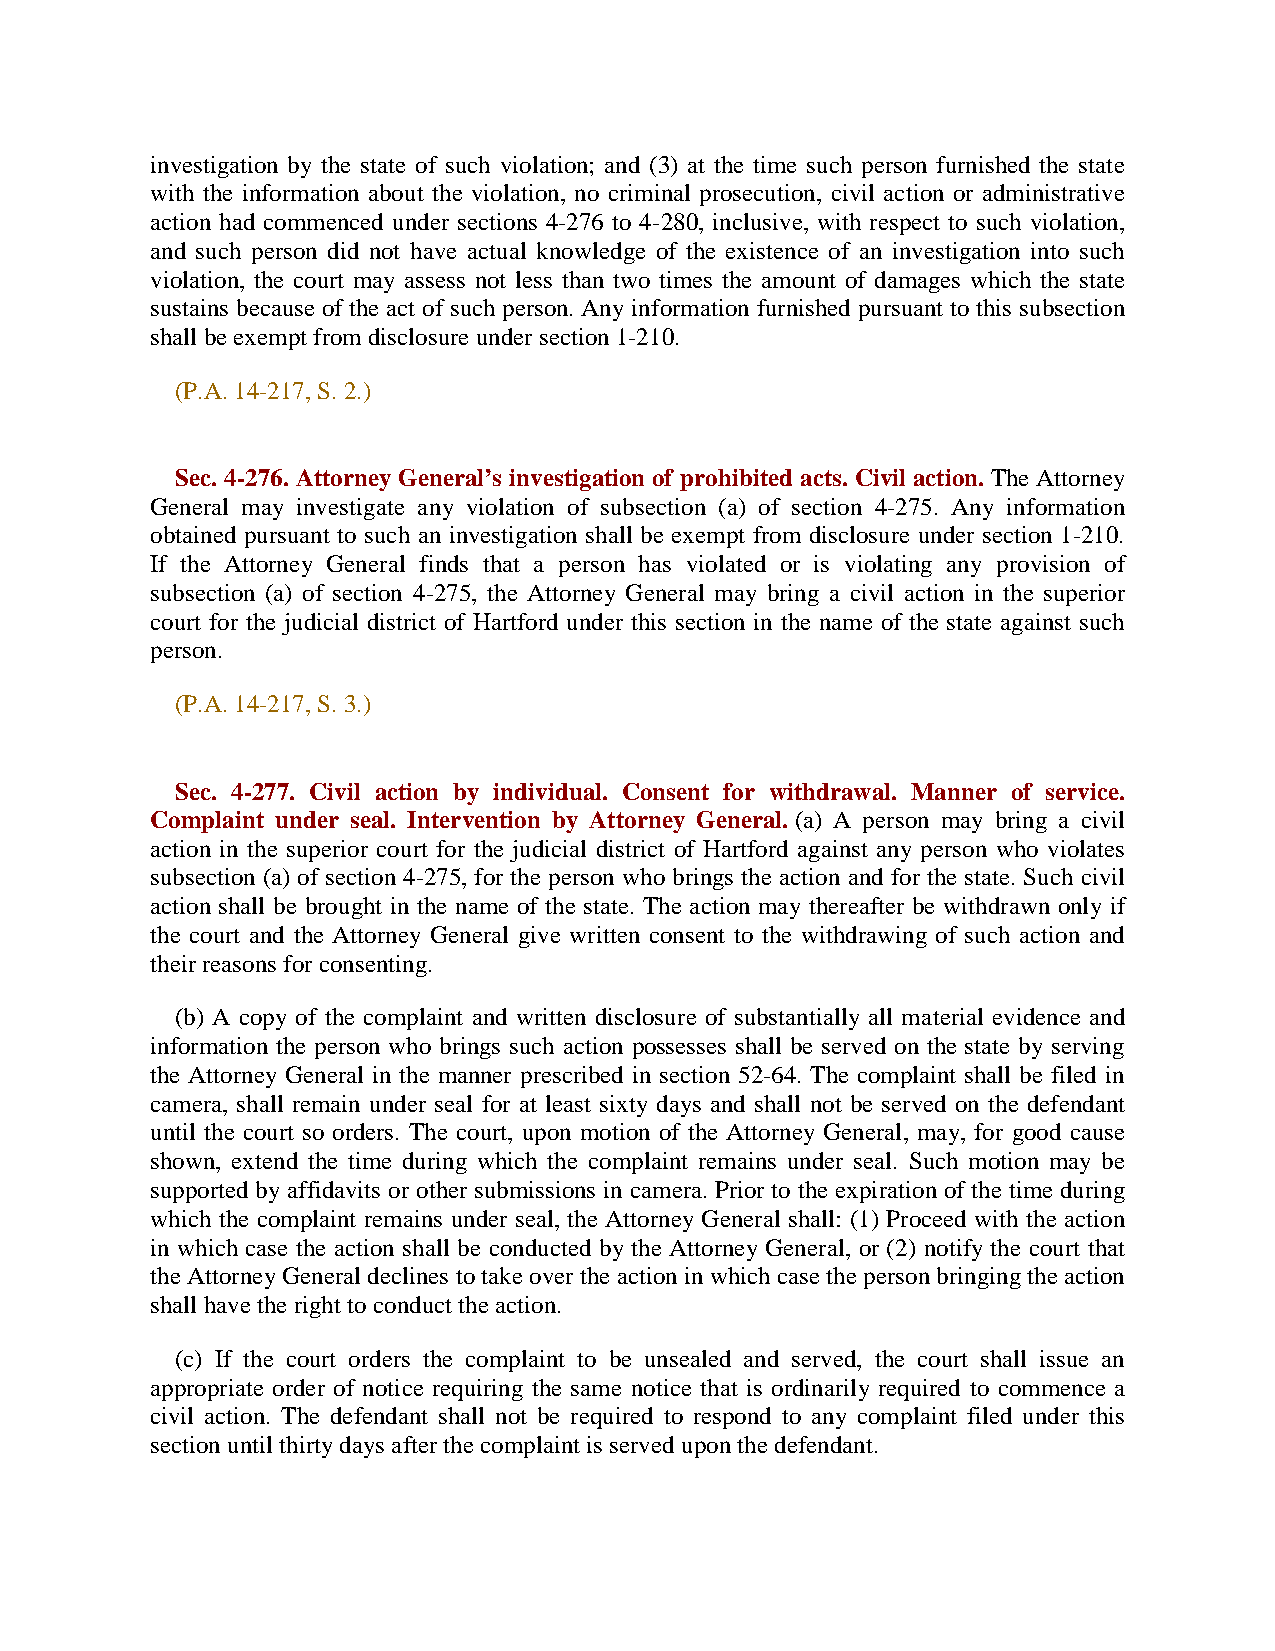
investigation by the state of such violation; and (3) at the time such person furnished the state
 with the information about the violation, no criminal prosecution, civil action or administrative
 action had commenced under sections 4-276 to 4-280, inclusive, with respect to such violation,
 and such person did not have actual knowledge of the existence of an investigation into such
 violation, the court may assess not less than two times the amount of damages which the state
 sustains because of the act of such person. Any information furnished pursuant to this subsection
 shall be exempt from disclosure under section 1-210.
 (P.A. 14-217, S. 2.)
 Sec. 4-276. Attorney General’s investigation of prohibited acts. Civil action. The Attorney
 General may investigate any violation of subsection (a) of section 4-275. Any information
 obtained pursuant to such an investigation shall be exempt from disclosure under section 1-210.
 If the Attorney General finds that a person has violated or is violating any provision of
 subsection (a) of section 4-275, the Attorney General may bring a civil action in the superior
 court for the judicial district of Hartford under this section in the name of the state against such
 person.
 (P.A. 14-217, S. 3.)
 Sec. 4-277. Civil action by individual. Consent for withdrawal. Manner of service.
 Complaint under seal. Intervention by Attorney General. (a) A person may bring a civil
 action in the superior court for the judicial district of Hartford against any person who violates
 subsection (a) of section 4-275, for the person who brings the action and for the state. Such civil
 action shall be brought in the name of the state. The action may thereafter be withdrawn only if
 the court and the Attorney General give written consent to the withdrawing of such action and
 their reasons for consenting.
 (b) A copy of the complaint and written disclosure of substantially all material evidence and
 information the person who brings such action possesses shall be served on the state by serving
 the Attorney General in the manner prescribed in section 52-64. The complaint shall be filed in
 camera, shall remain under seal for at least sixty days and shall not be served on the defendant
 until the court so orders. The court, upon motion of the Attorney General, may, for good cause
 shown, extend the time during which the complaint remains under seal. Such motion may be
 supported by affidavits or other submissions in camera. Prior to the expiration of the time during
 which the complaint remains under seal, the Attorney General shall: (1) Proceed with the action
 in which case the action shall be conducted by the Attorney General, or (2) notify the court that
 the Attorney General declines to take over the action in which case the person bringing the action
 shall have the right to conduct the action.
 (c) If the court orders the complaint to be unsealed and served, the court shall issue an
 appropriate order of notice requiring the same notice that is ordinarily required to commence a
 civil action. The defendant shall not be required to respond to any complaint filed under this
 section until thirty days after the complaint is served upon the defendant.